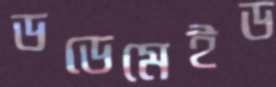
ডডেমেইড